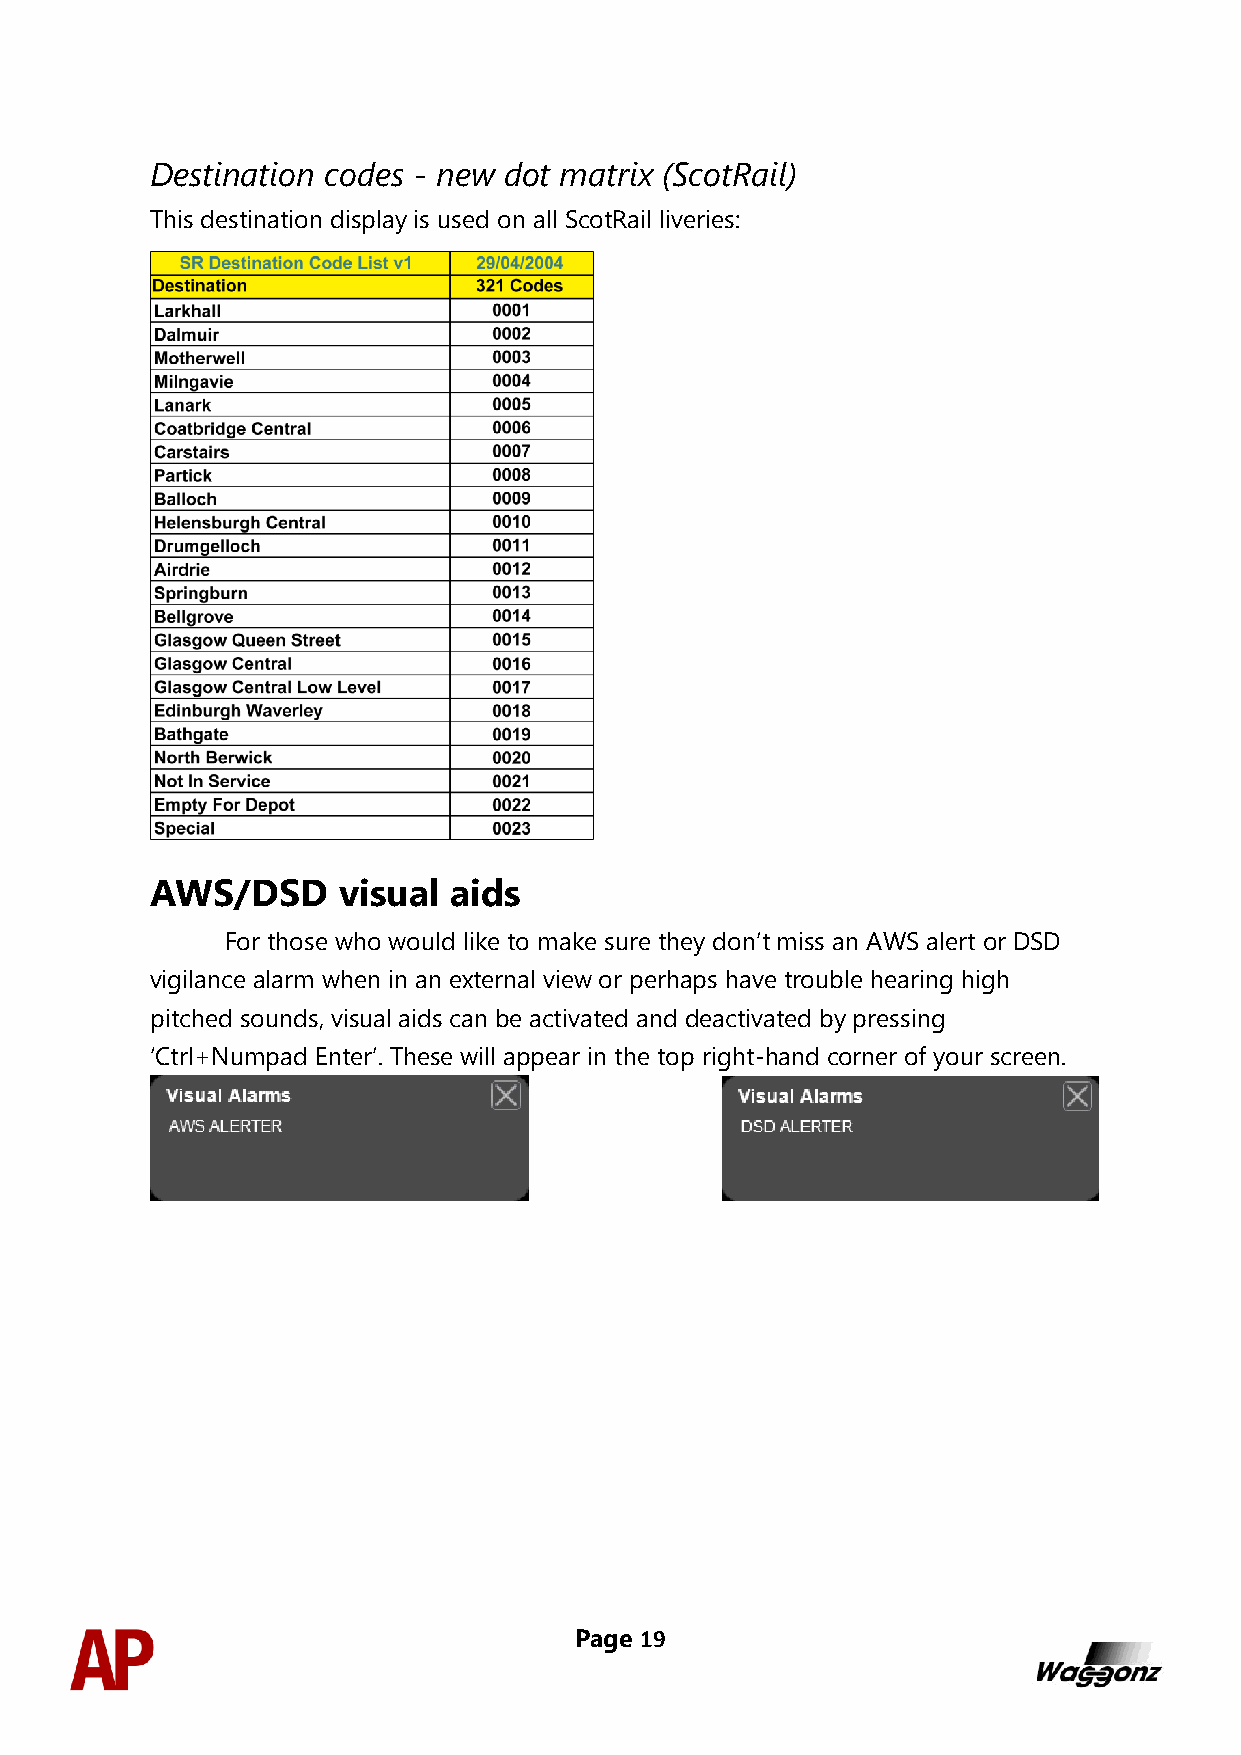
Destination codes - new dot matrix (ScotRail)
 This destination display is used on all ScotRail liveries:
 AWS/DSD     visual  aids
 For those who would like to make sure they don’t miss an AWS alert or DSD
 vigilance alarm when in an external view or perhaps have trouble hearing high
 pitched sounds, visual aids can be activated and deactivated by pressing
 ‘Ctrl+Numpad Enter’. These will appear in the top right-hand corner of your screen.
 Page 19